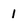
Character: 1